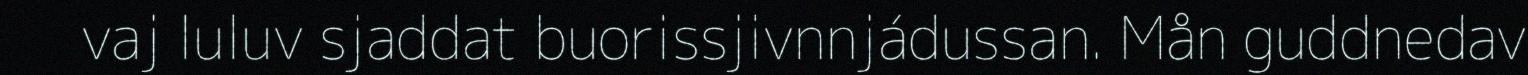
vaj luluv sjaddat buorissjivnnjádussan. Mån guddnedav